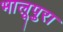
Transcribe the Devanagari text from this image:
भालूपुरा